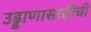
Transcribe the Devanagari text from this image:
उड्डाणासाठीची